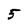
Character: 5